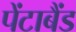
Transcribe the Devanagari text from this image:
पेंटाबैंड